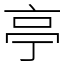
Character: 亭